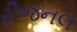
રીજનલ